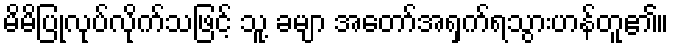
မိမိပြုလုပ်လိုက်သဖြင့် သူ့ ခမျာ အတော်အရှက်ရသွားဟန်တူ၏။